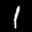
Label: 1